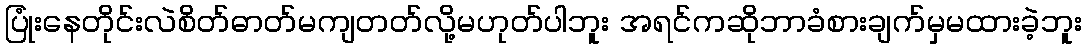
ပြုံးနေတိုင်းလဲစိတ်ဓာတ်မကျတတ်လို့မဟုတ်ပါဘူး အရင်ကဆိုဘာခံစားချက်မှမထားခဲ့ဘူး